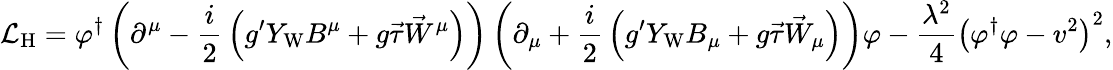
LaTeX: {\mathcal{L}}_{\mathrm{H}}=\varphi^{\dagger}\left(\partial^{\mu}-{\frac{i}{2}}\left(g^{\prime}Y_{\mathrm{W}}B^{\mu}+g{\vec{\tau}}{\vec{W}}^{\mu}\right)\right)\left(\partial_{\mu}+{\frac{i}{2}}\left(g^{\prime}Y_{\mathrm{W}}B_{\mu}+g{\vec{\tau}}{\vec{W}}_{\mu}\right)\right)\varphi-{\frac{\lambda^{2}}{4}}\left(\varphi^{\dagger}\varphi-v^{2}\right)^{2},